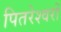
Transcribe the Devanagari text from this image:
पितरेश्वरों